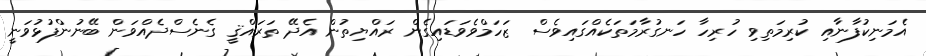
އެމަނިކުފާނާއި ކުރިމަތިވި ހުރިހާ ހަނގުރާމަތަކެއްގައިވެސް ޒަހަމްވެވަޑައިގެން ރައްޔިތުން އެދޭ ތަރައްޤީ ގެނެސްދެއްވަން ބޭނުންފުޅުވަނީ